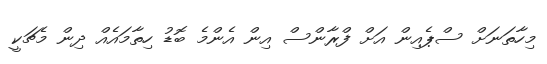
މިހާތަނަށް ސްޕެއިން އަށް ފްރާންސް އިން އެންމެ ބޮޑު ހިތާމައެއް ދިން މެޗަކީ